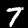
Label: 7